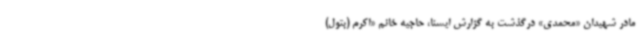
مادر شهیدان «محمدی» درگذشت به گزارش ایسنا، حاجیه خانم «اکرم (بتول)